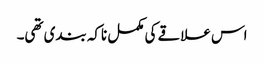
اس علاقے کی مکمل ناکہ بندی تھی۔